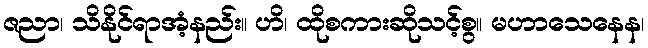
ဇညာ၊ သိနိုင်ရာအံ့နည်း။ ဟိ၊ ထိုစကားဆိုသင့်စွ။ မဟာသေနေန၊